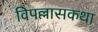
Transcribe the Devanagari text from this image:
विपल्लासकथा